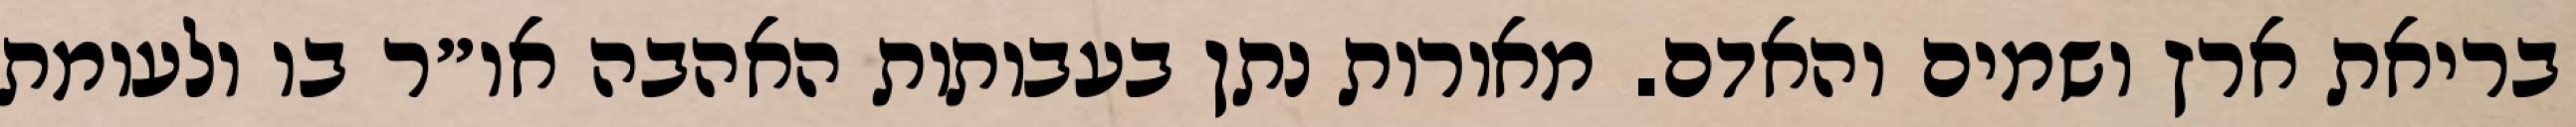
בריאת ארץ ושמים והאדם. מאורות נתן בעבותות האהבה או״ר בו ולעומת